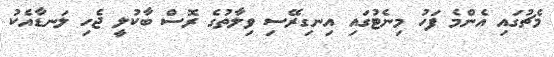
މެޗުގައި އެންމެ ފަހު މިނެޓުގައި އިނގިރޭސި ވިލާތުގެ ރޮސް ބާކުލީ ޖެހި ލަނޑާއެކު